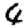
Digit: 4